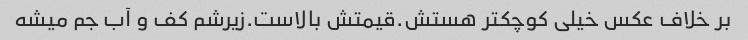
بر خلاف عکس خیلی کوچکتر هستش.قیمتش بالاست.زیرشم کف و آب جم میشه